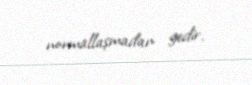
normallaşmadan gedir.